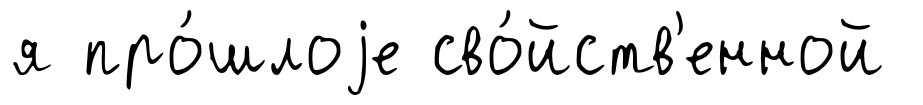
я про́шлоjе сво́йств'енной